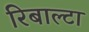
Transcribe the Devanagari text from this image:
रिबाल्टा